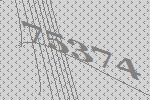
75374